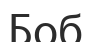
Боб